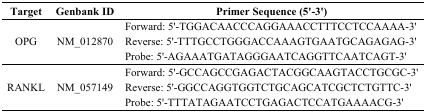
<table><thead><tr><td><b>Target</b></td><td><b>Genbank ID</b></td><td><b>Primer Sequence (5&#x27;-3&#x27;)</b></td></tr></thead><tbody><tr><td rowspan="3">OPG</td><td rowspan="3">NM_012870</td><td>Forward: 5&#x27;-TGGACAACCCAGGAAACCTTTCCTCCAAAA-3&#x27;</td></tr><tr><td>Reverse: 5&#x27;-TTTGCCTGGGACCAAAGTGAATGCAGAGAG-3&#x27;</td></tr><tr><td>Probe: 5&#x27;-AGAAATGATAGGGAATCAGGTTCAATCAGT-3&#x27;</td></tr><tr><td rowspan="3">RANKL</td><td rowspan="3">NM_057149</td><td>Forward: 5&#x27;-GCCAGCCGAGACTACGGCAAGTACCTGCGC-3&#x27;</td></tr><tr><td>Reverse: 5&#x27;-GGCCAGGTGGTCTGCAGCATCGCTCTGTTC-3&#x27;</td></tr><tr><td>Probe: 5&#x27;-TTTATAGAATCCTGAGACTCCATGAAAACG-3&#x27;</td></tr></tbody></table>